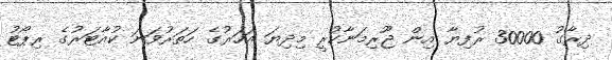
ދިރާގު 30000 ރުފިޔާ އިން ޖޫރިމަނާކުރީ މިދިޔަ އަހަރުގެ ހަތަރުވަނަ ކުއާޓަރުގެ ރިޕޯޓު